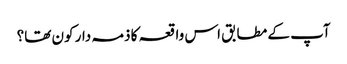
آپ کے مطابق اس واقعہ کا ذمہ دار کون تھا؟